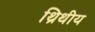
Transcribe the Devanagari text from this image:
थ्रिथीय